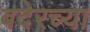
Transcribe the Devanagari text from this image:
बदेरच्या